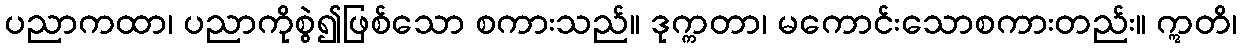
ပညာကထာ၊ ပညာကိုစွဲ၍ဖြစ်သော စကားသည်။ ဒုက္ကတာ၊ မကောင်းသောစကားတည်း။ ဣတိ၊